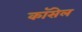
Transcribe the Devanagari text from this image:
कॉसेल